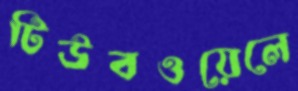
টিউবওয়েলে